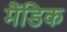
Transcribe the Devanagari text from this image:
मैंडिक